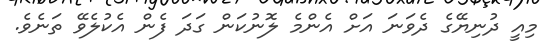
މިއީ ދުނިޔޭގެ ދެވަނަ އަށް އެންމެ ލޮނުކަން ގަދަ ފެން އެކުލެވޭ ތަނެވެ.